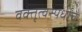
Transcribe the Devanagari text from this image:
वक्तृत्वस्पर्धांचे